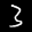
Label: 3